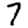
Digit: 7